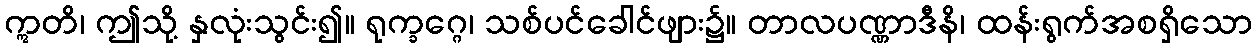
ဣတိ၊ ဤသို့ နှလုံးသွင်း၍။ ရုက္ခဂ္ဂေ၊ သစ်ပင်ခေါင်ဖျား၌။ တာလပဏ္ဏာဒီနိ၊ ထန်းရွက်အစရှိသော